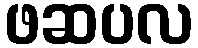
ဖဆပလ